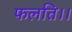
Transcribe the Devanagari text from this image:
फलति।।